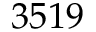
3 5 1 9